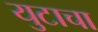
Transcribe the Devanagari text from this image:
युटाचा